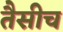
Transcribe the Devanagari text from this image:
तैसीच